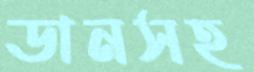
ডানসহ